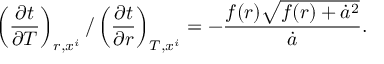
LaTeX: \left( \frac { \partial t } { \partial T } \right) _ { r , x ^ { i } } / \left( \frac { \partial t } { \partial r } \right) _ { T , x ^ { i } } = - \frac { f ( r ) \sqrt { f ( r ) + \dot { a } ^ { 2 } } } { \dot { a } } .